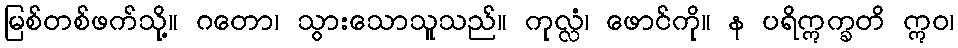
မြစ်တစ်ဖက်သို့။ ဂတော၊ သွားသောသူသည်။ ကုလ္လံ၊ ဖောင်ကို။ န ပရိဣက္ခတိ ဣဝ၊